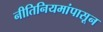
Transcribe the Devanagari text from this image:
नीतिनियमांपासून